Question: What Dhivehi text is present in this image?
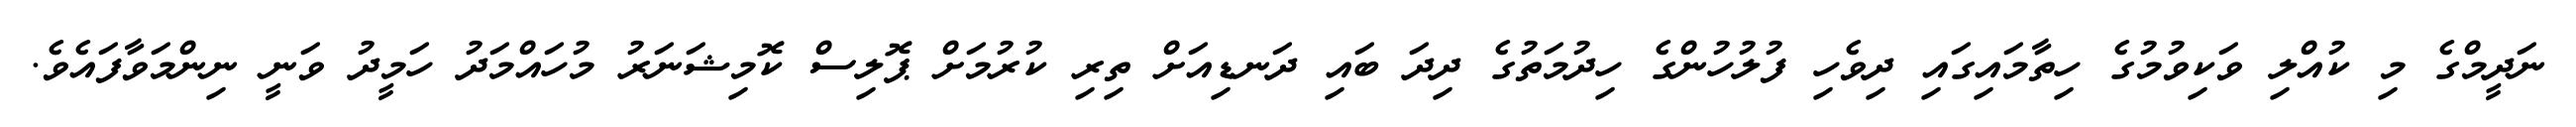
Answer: ނަދީމްގެ މި ކުއްލި ވަކިވުމުގެ ހިތާމައިގައި ދިވެހި ފުލުހުންގެ ހިދުމަތުގެ ދިދަ ބައި ދަނޑިއަށް ތިރި ކުރުމަށް ޕޮލިސް ކޮމިޝަނަރު މުހައްމަދު ހަމީދު ވަނީ ނިންމަވާފައެވެ.